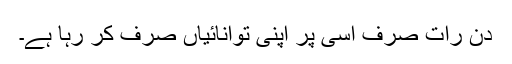
دن رات صرف اسی پر اپنی توانائیاں صرف کر رہا ہے۔